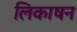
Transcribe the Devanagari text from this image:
लिकाषन